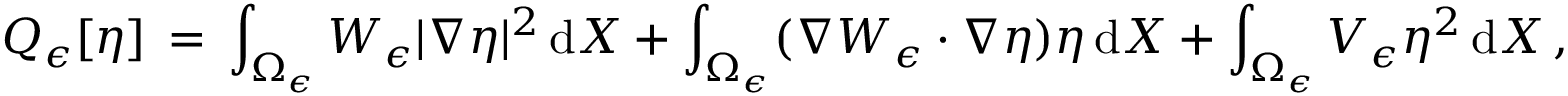
Q _ { \epsilon } [ \eta ] \, = \, \int _ { \Omega _ { \epsilon } } W _ { \epsilon } | \nabla \eta | ^ { 2 } \, \mathrm { d } X + \int _ { \Omega _ { \epsilon } } ( \nabla W _ { \epsilon } \cdot \nabla \eta ) \eta \, \mathrm { d } X + \int _ { \Omega _ { \epsilon } } V _ { \epsilon } \eta ^ { 2 } \, \mathrm { d } X \, ,